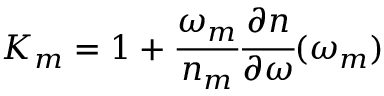
K _ { m } = 1 + \cfrac { \omega _ { m } } { n _ { m } } \cfrac { \partial n } { \partial \omega } ( \omega _ { m } )